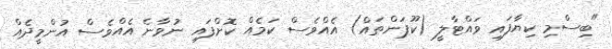
"ބިސްމި ކިޔާފައި ވައްޓާލީ (ކޫޕަންތައް) އެއްވެސް ކަމެއް ކޮށްފައި ނުވާނެ އެއްވެސް އުންމީދެއް